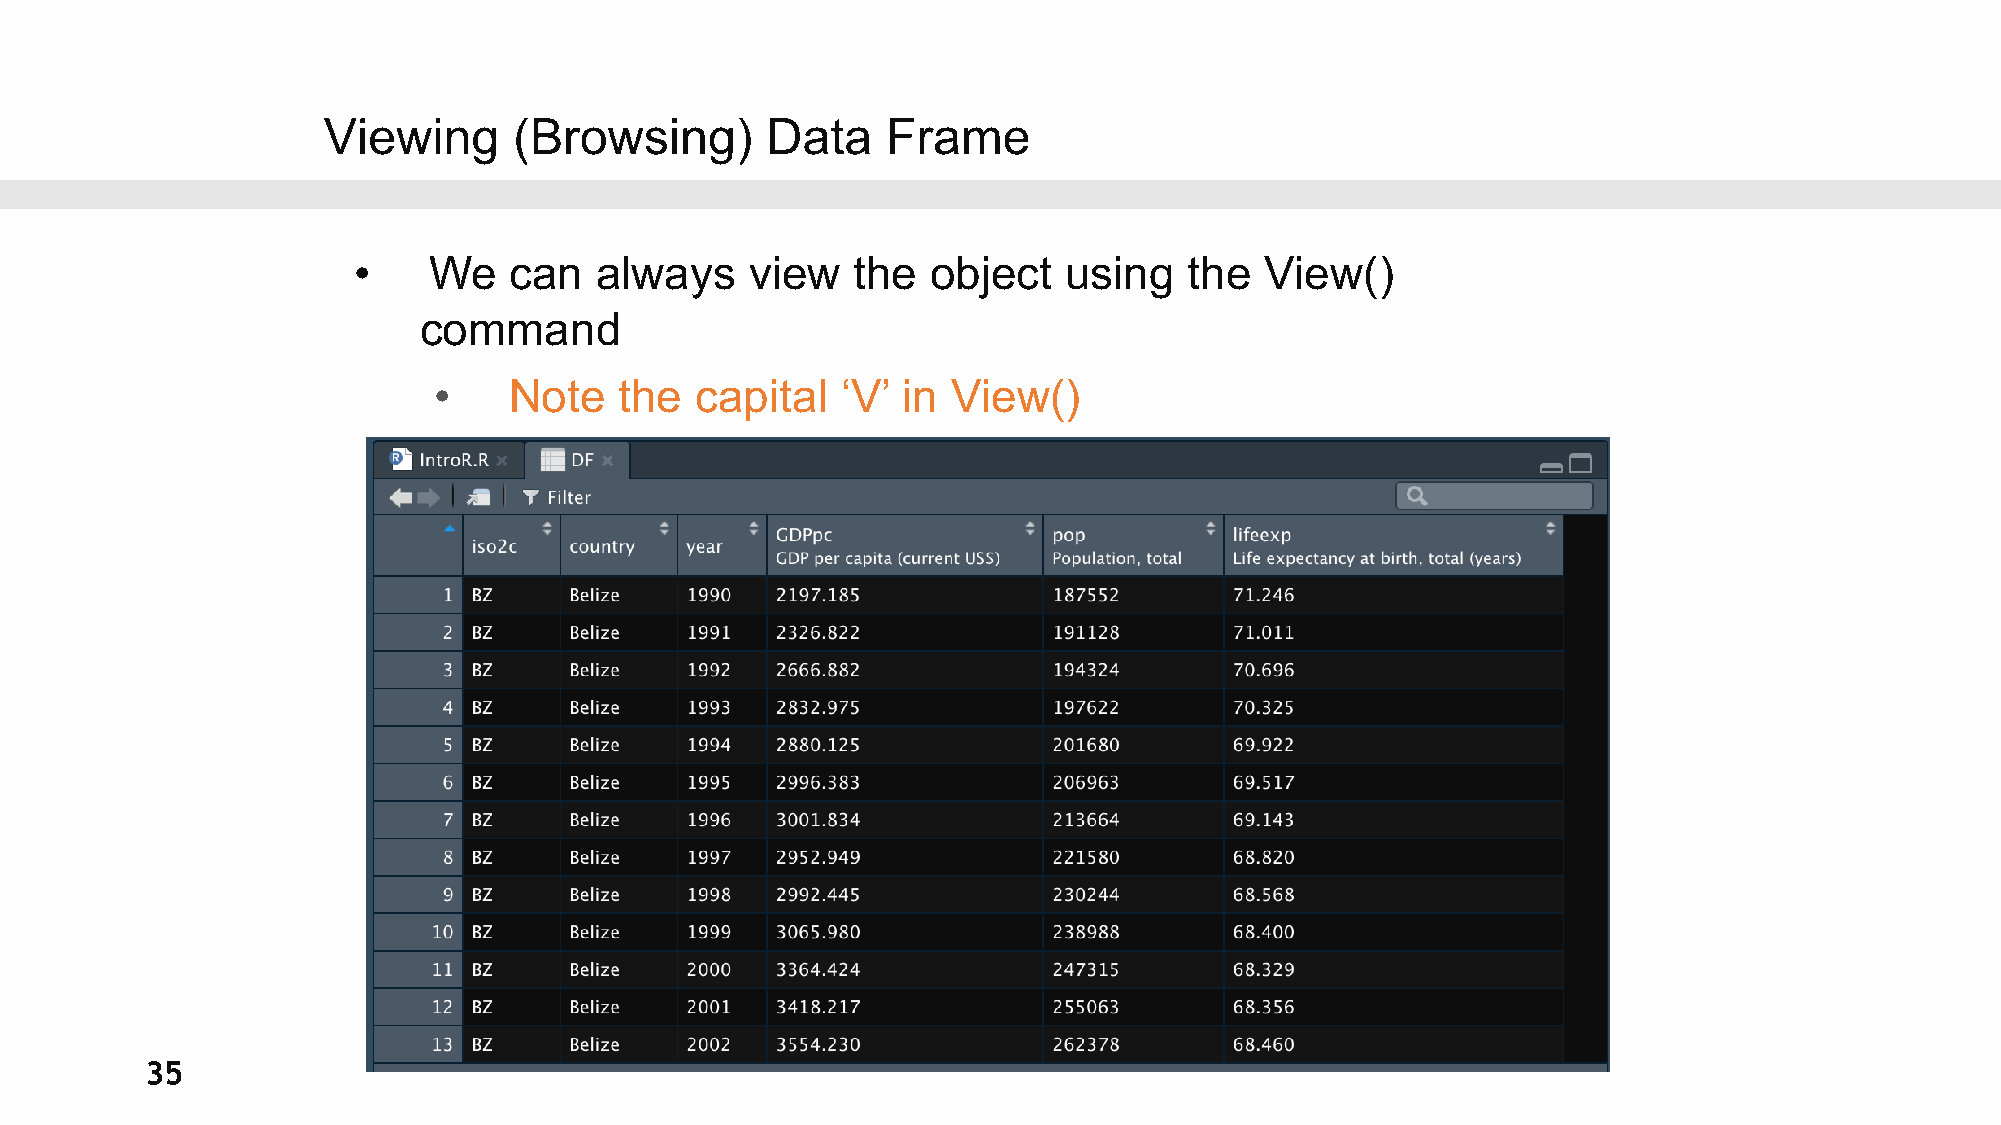
Viewing      (Browsing)       Data    Frame
 •    We    can  always     view   the  object   using   the  View()
 command
 •    Note   the  capital   ‘V’ in View()
 35